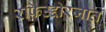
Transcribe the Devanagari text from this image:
रफिउद्दोरजात